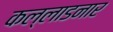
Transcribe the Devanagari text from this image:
कल्लाडनार